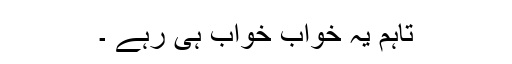
تاہم یہ خواب خواب ہی رہے ۔